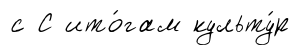
с С ито́гам культу́р